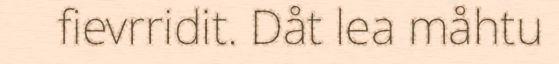
fievrridit. Dåt lea måhtu